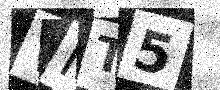
Text: VIT5